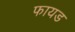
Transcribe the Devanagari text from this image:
फायड